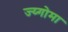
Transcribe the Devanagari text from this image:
ज्य्गोमा